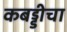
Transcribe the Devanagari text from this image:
कबड्डीचा